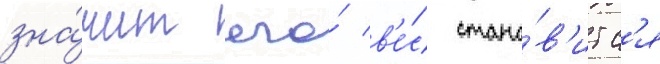
зна́чит его́ в'е́с стано́в'итс'я